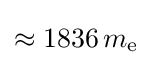
\approx 1836\,m_{\text{e}}